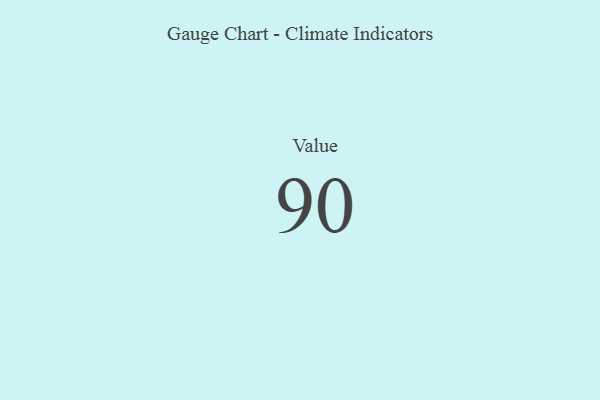
{"axis": {"x": "Metric", "y": "Value"}, "legend": [""], "data": [{"x": "Value", "y": 90, "type": ""}]}